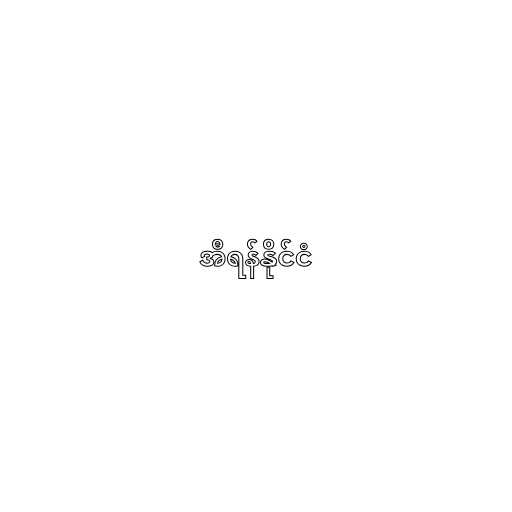
အီရန်နိုင်ငံ